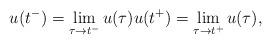
LaTeX: \begin{align*}u(t^-)= \lim_{\tau\to t^-} u(\tau) u(t^+)= \lim_{\tau\to t^+} u(\tau),\end{align*}